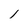
Character: l